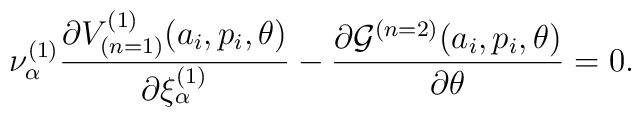
{\nu}^{(1)}_{\alpha}\frac{\partial V_{(n=1)}^{(1)}(a_i,p_i,\theta)}{\partial{\xi}^{(1)}_{\alpha}} - \frac{\partial{\cal G}^{(n=2)}(a_i,p_i,\theta)}{\partial\theta} = 0.